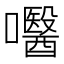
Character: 𡄵